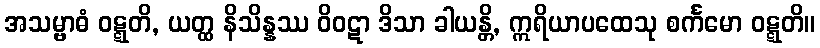
အသမ္ဗာဓံ ဝဋ္ဋတိ, ယတ္ထ နိသိန္နဿ ဝိဝဋာ ဒိသာ ခါယန္တိ, ဣရိယာပထေသု စင်္ကမော ဝဋ္ဋတိ။